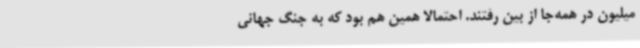
میلیون در همه‌جا از بین رفتند. احتمالاً همین هم بود که به جنگ جهانی